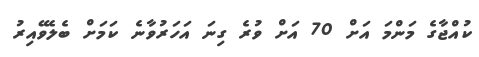
ކުއްޖާގެ މަންމަ އަށް 70 އަށް ވުރެ ގިނަ އަހަރުވާނެ ކަމަށް ބެލެވޭއިރު